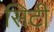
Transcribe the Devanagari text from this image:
सिटी